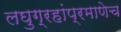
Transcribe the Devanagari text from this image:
लघुग्रहांप्रमाणेच